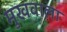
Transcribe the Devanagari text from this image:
मुखवाला